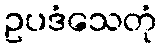
ဥပဒံသေတုံ